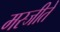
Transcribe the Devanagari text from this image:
मस्जीते